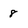
Character: 8